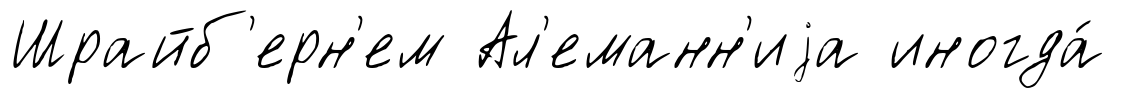
Шрайб'ерн'ем Ал'еманн'иjа иногда́